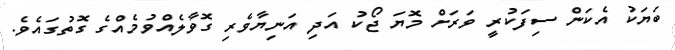
ބަޔަކު އެކަން ސިފަކުރީ ވަރަށް މޮޔަ ޖޯކު އަދި އަނިޔާވެރި ގޮވާލެއްވުމެއްގެ ގޮތުގައެވެ.